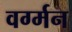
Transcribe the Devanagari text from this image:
वर्ग्मन